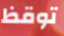
توقظ